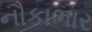
નૌકાભાર